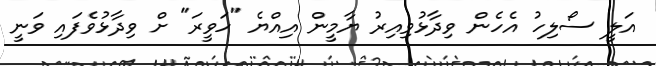
އަލީ ސޯލިހު އެހެން ވިދާޅުވިއިރު ޔާމީން އިއްޔެ "ހަވީރަ" ށް ވިދާޅުވެފައި ވަނީ